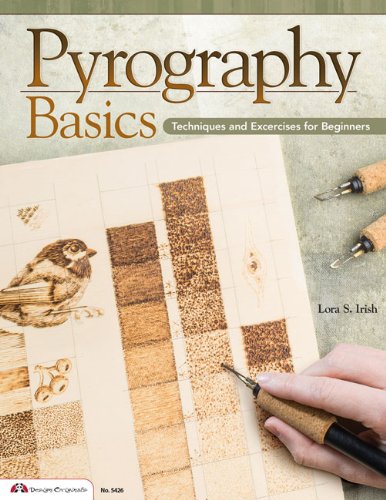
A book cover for Pyrography Basics: Techniques and Exercises for Beginners; Lora Irish; Crafts, Hobbies & Home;